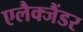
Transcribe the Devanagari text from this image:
एलैक्जैंडर